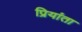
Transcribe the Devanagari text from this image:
प्रियांता